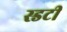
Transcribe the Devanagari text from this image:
स्डटी